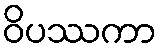
ဝိပဿကာ